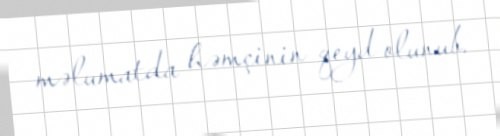
məlumatda həmçinin qeyd olunub.